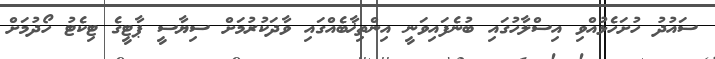
ސައުދު ހުށަހެޅުއްވި އިސްލާހުގައި ބުނެފައިވަނީ އިންތިޚާބެއްގައި ވާދަކުރުމަށް ސިޔާސީ ޕާޓީގެ ޓިކެޓު ހޯދުމަށް